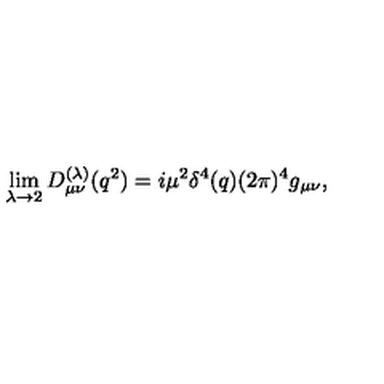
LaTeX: \lim _ { \lambda \rightarrow 2 } D _ { \mu \nu } ^ { ( \lambda ) } ( q ^ { 2 } ) = i \mu ^ { 2 } \delta ^ { 4 } ( q ) ( 2 \pi ) ^ { 4 } g _ { \mu \nu } ,